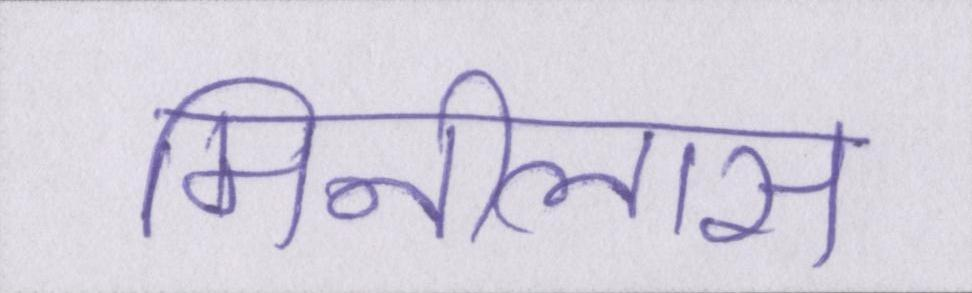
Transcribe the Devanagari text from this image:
मिनीलास